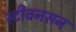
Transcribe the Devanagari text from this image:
स्टीवनसन